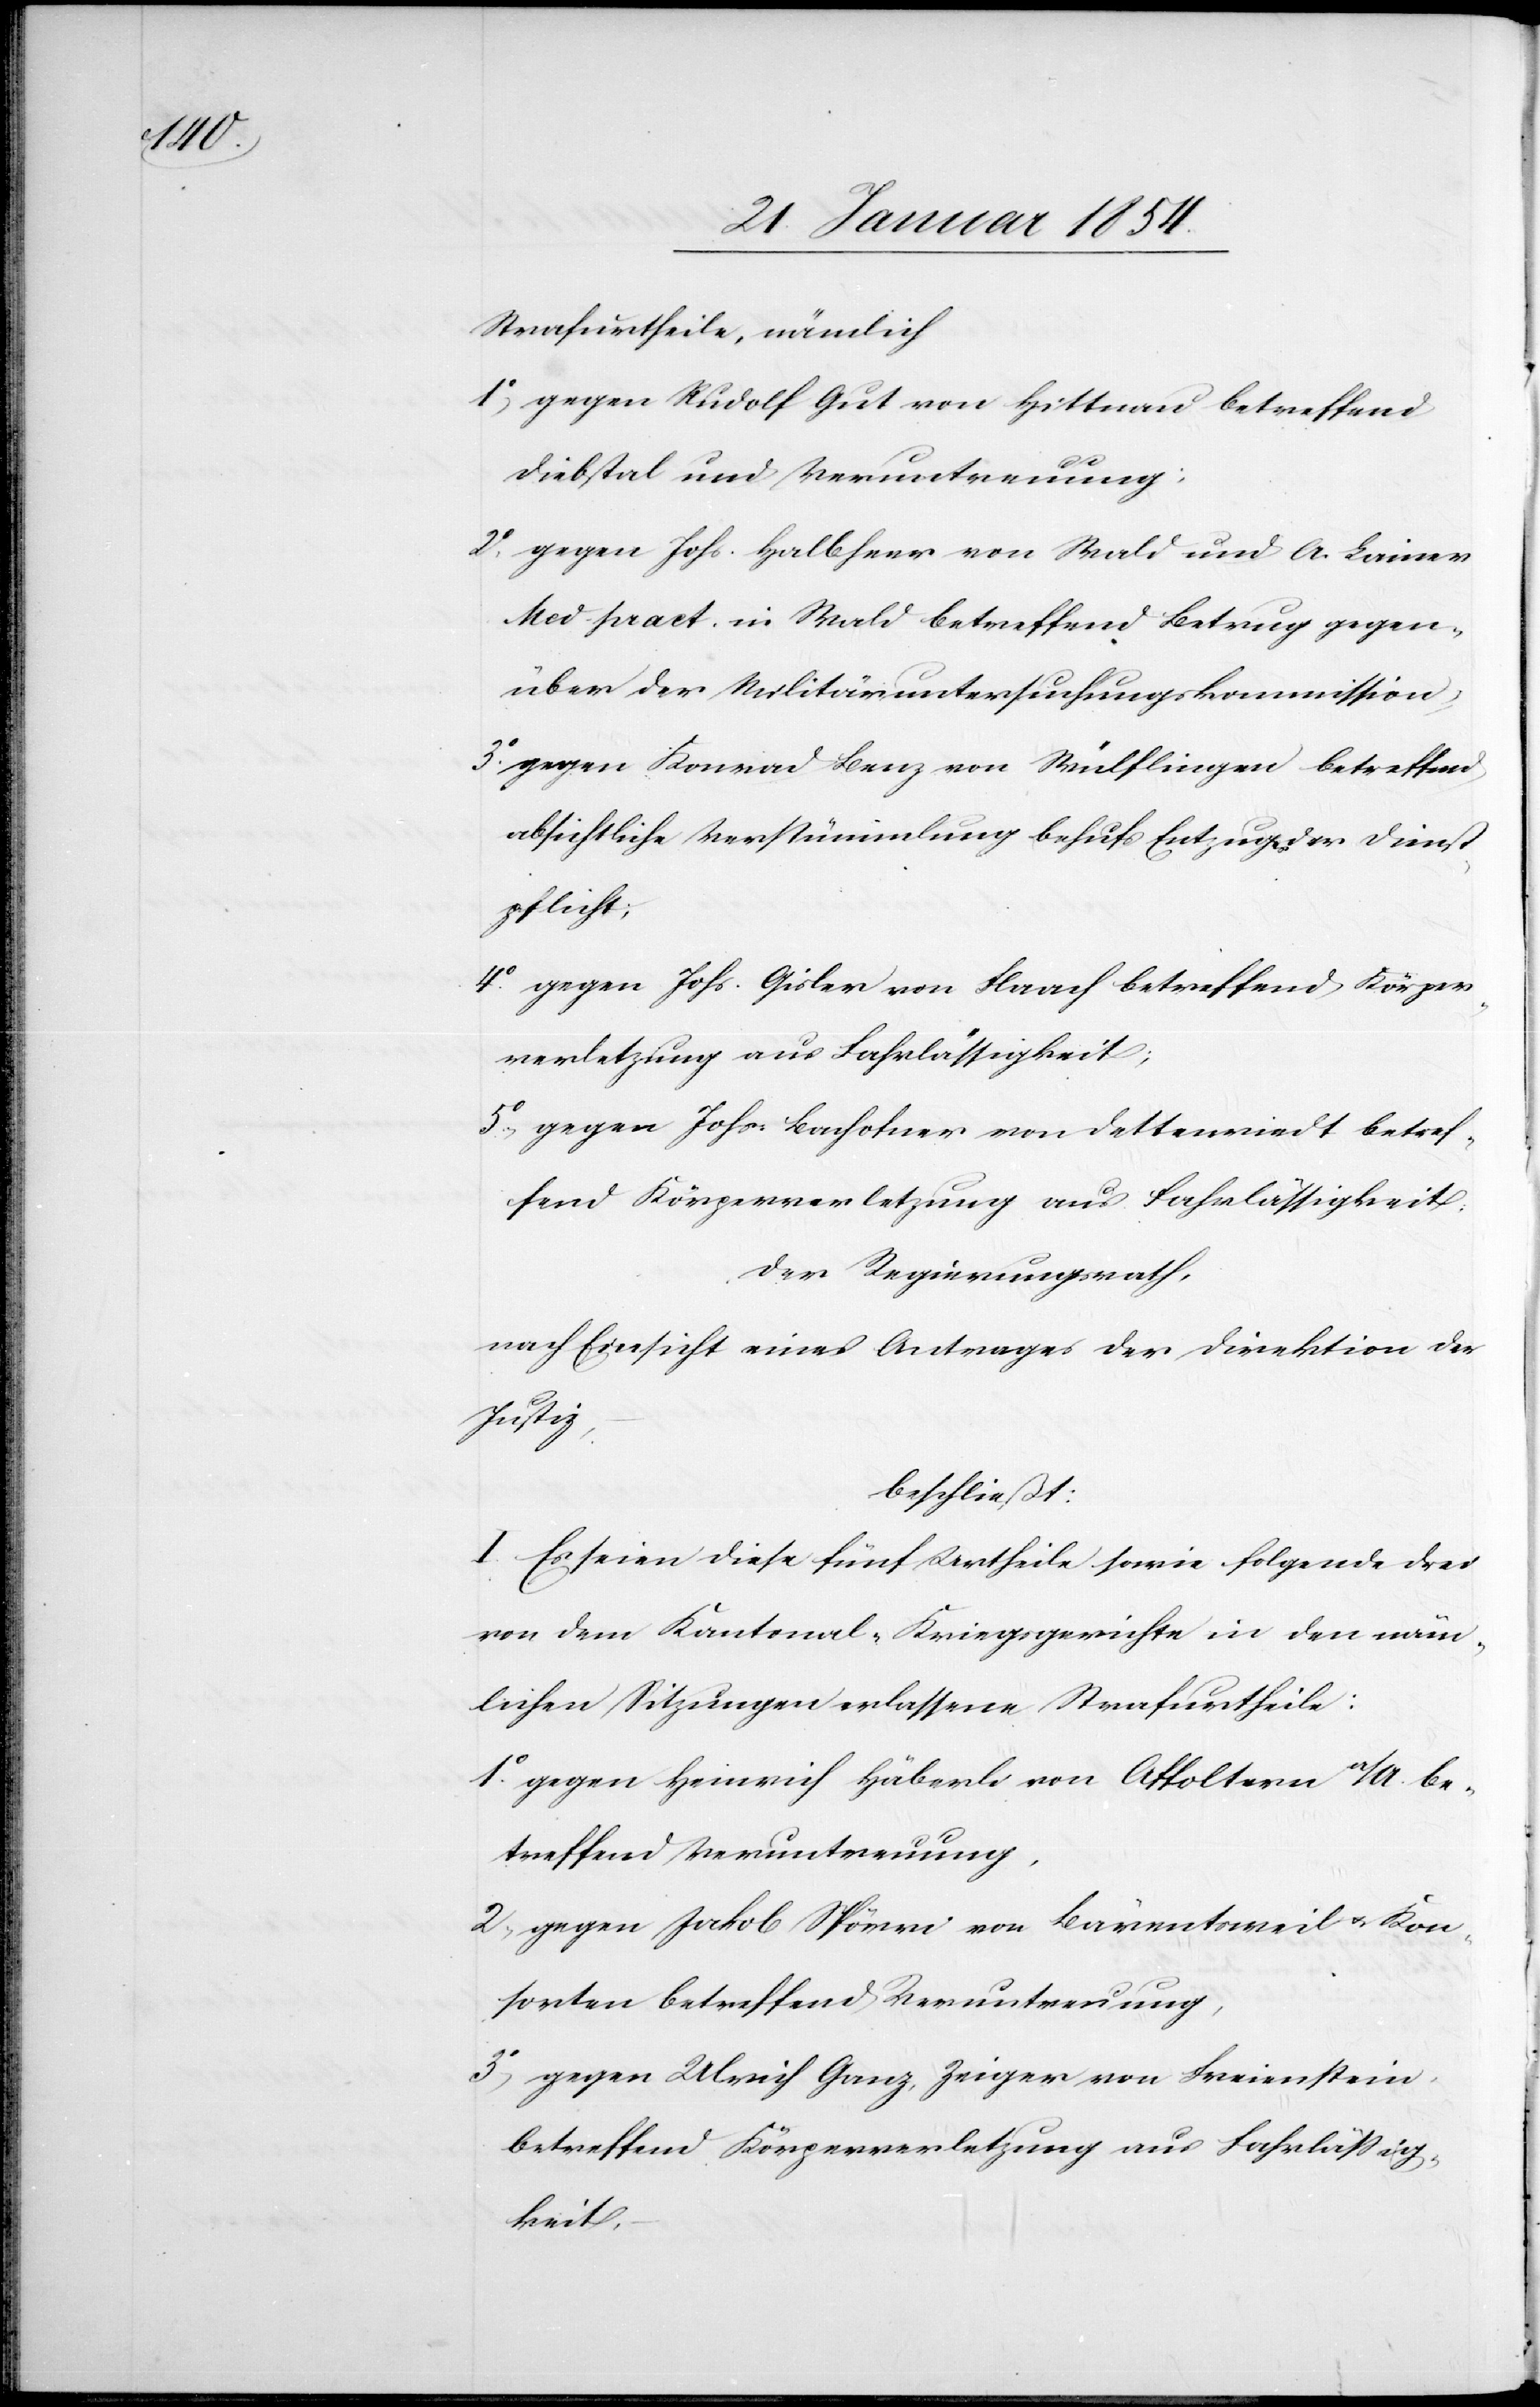
Strafurtheile, nämlich
1o, gegen Rudolf Gut von Hittnau betreffend
Diebstal und Veruntreuung;
2.o gegen Johs. Halbheer von Wald und A. Lainer
Med. pract. in Wald betreffend Betrug gegen¬
über der Militäruntersuchungskommission,
3.o gegen Konrad Benz von Wülflingen betreffend
absichtliche Verstümmlung behufs Entzugs der Dienst¬
pflicht;
4.o gegen Johs. Gisler von Flaach betreffend Körper¬
verletzung aus Fahrlässigkeit;
5.o gegen Johs. Bachofner von Dettenriedt betref¬
fend Körperverletzung aus Fahrlässigkeit:
Der Regierungsrath,
nach Einsicht eines Antrages der Direktion der
Justiz,
beschließt:
I. Es seien diese fünf Urtheile sowie folgende drei
von dem Kantonal-Kriegsgerichte in den näm¬
lichen Sitzungen erlassene Strafurtheile:
1.o gegen Heinrich Häberli von Affoltern a/A. be¬
treffend Veruntreuung,
2, gegen Jakob Spörri von Bärentschweil u. Kon¬
sorten betreffend Veruntreuung,
3o, gegen Ulrich Ganz, Zeiger von Freienstein
betreffend Körperverletzung aus Fahrlässig¬
keit,